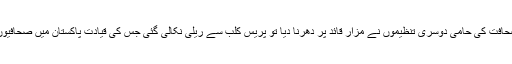
کراچی میں صحافیوں اور آزادی صحافت کی حامی دوسری تنظیموں نے مزارِ قائد پر دھرنا دیا تو پریس کلب سے ریلی نکالی گئی جس کی قیادت پاکستان میں صحافیوں کی تنظیم کے رہنما مظہر عباس۔